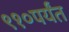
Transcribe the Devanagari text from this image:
९१०पर्यंत